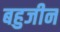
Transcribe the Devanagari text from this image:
बहुजीन